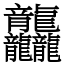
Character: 龘